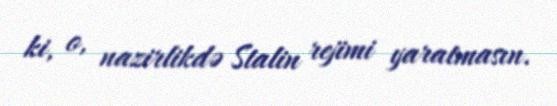
ki, o, nazirlikdə Stalin rejimi yaratmasın.